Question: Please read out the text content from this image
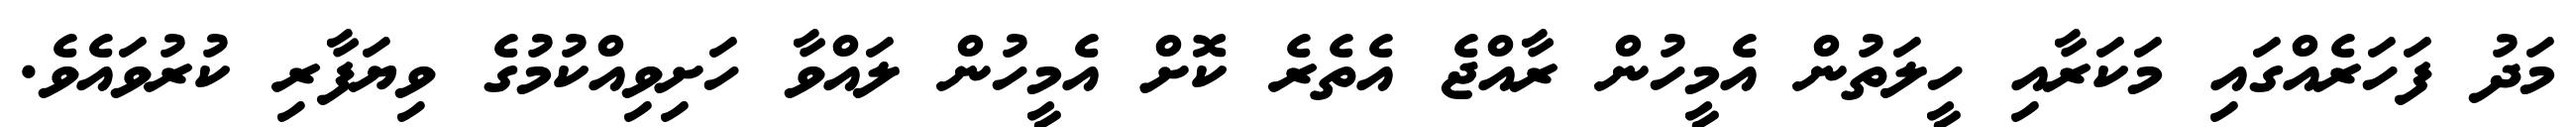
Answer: މަދު ފަހަރެއްގައި މަކަރާއި ހީލަތުން އެމީހުން ރާއްޖެ އެތެރެ ކޮށް އެމީހުން ލައްވާ ހަށިވިއްކުމުގެ ވިޔަފާރި ކުރުވައެވެ.